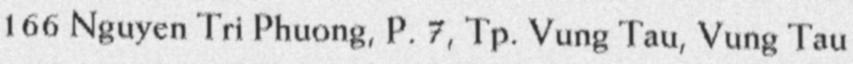
166 Nguyen Tri Phuong, P. 7, Tp. Vung Tau, Vung Tau